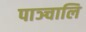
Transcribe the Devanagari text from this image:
पाञ्चालि